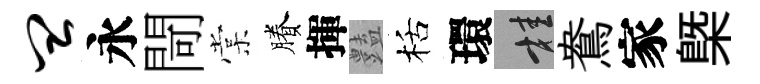
皿永閜棠賸揮𧰟栝環桂鴦家槩